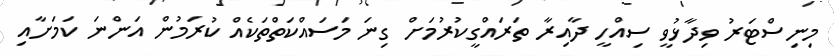
މިނިސްޓަރު ވިދާޅުވީ ސިއްހީ ދާއިރާ ތަރައްގީކުރުމަށް ގިނަ މަސައްކަތްތަކެއް ކުރަމުން އަންނަ ކަމަށާއި